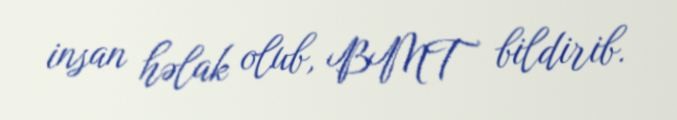
insan həlak olub, BMT bildirib.